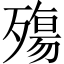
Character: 殤